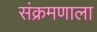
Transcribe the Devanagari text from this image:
संक्रमणाला